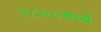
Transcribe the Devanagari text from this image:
१८००मध्ये